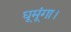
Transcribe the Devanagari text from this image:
घूमूंगा।